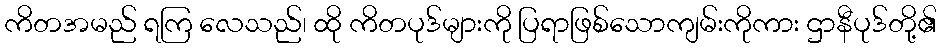
ကိတအမည် ရကြ လေသည်၊ ထို ကိတပုဒ်များကို ပြရာဖြစ်သောကျမ်းကိုကား ဌာနီပုဒ်တို့၏